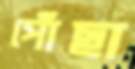
পোঁছা